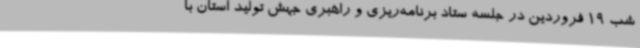
شب 19 فروردین در جلسه ستاد برنامه‌ریزی و راهبری جهش تولید استان با